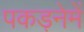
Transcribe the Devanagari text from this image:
पकड़नेमें